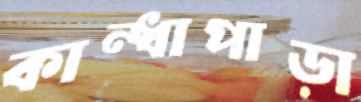
কান্ধাপাড়া